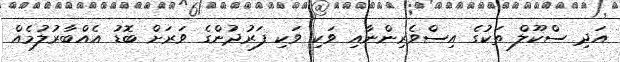
އަދި ސްކޫލް ތަކުގެ އިސްވެރިންނާއި ވަކި ވަކި ފަރުދުންގެ ވަރަށް ބޮޑު އެއްބާރުލުމެއް